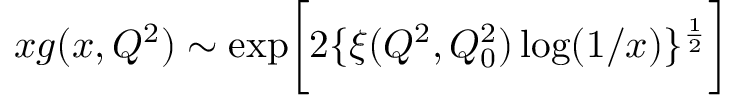
x g ( x , Q ^ { 2 } ) \sim \exp \biggl [ 2 \{ \xi ( Q ^ { 2 } , Q _ { 0 } ^ { 2 } ) \log ( 1 / x ) \} ^ { \frac { 1 } { 2 } } \biggr ]